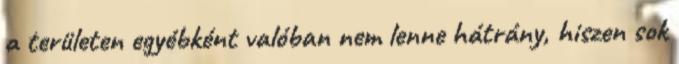
a területen egyébként valóban nem lenne hátrány, hiszen sok